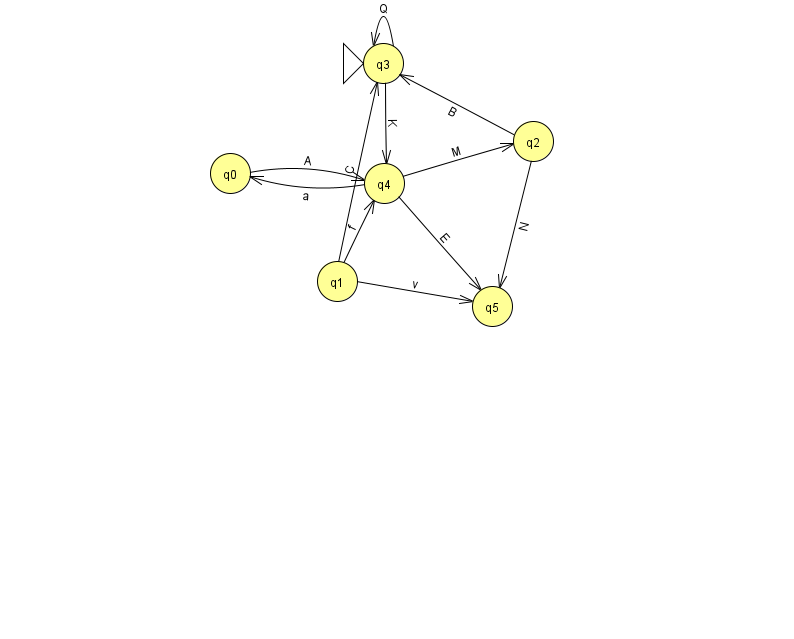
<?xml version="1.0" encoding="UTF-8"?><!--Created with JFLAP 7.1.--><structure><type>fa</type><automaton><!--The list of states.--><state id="0" name="q0"><x>230.0</x><y>160.0</y></state><state id="1" name="q1"><x>337.0</x><y>268.0</y></state><state id="2" name="q2"><x>533.0</x><y>128.0</y></state><state id="3" name="q3"><x>383.0</x><y>50.0</y><initial/></state><state id="4" name="q4"><x>384.0</x><y>170.0</y></state><state id="5" name="q5"><x>492.0</x><y>293.0</y></state><!--The list of transitions.--><transition><from>1</from><to>3</to><read>C</read></transition><transition><from>1</from><to>5</to><read>v</read></transition><transition><from>3</from><to>3</to><read>Q</read></transition><transition><from>2</from><to>5</to><read>N</read></transition><transition><from>3</from><to>4</to><read>K</read></transition><transition><from>0</from><to>4</to><read>A</read></transition><transition><from>2</from><to>3</to><read>B</read></transition><transition><from>4</from><to>0</to><read>a</read></transition><transition><from>1</from><to>4</to><read>f</read></transition><transition><from>4</from><to>2</to><read>M</read></transition><transition><from>4</from><to>5</to><read>E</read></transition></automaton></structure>